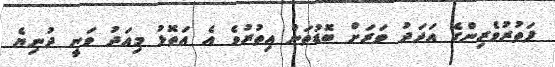
ފަތުރުވެރިންގެ އަދަދު ވަރަށް ބޮޑުތަން އިތުރުވެ އެ އަތޮޅު މިއަދު ވަނީ ދުނިޔެ